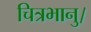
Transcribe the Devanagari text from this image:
चित्रभानु।